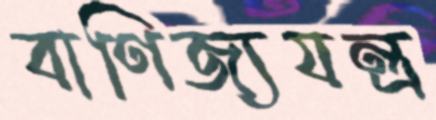
বাণিজ্যযন্ত্র